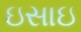
ઇસાઇ